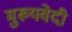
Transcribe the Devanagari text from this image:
मुख्यवेदी